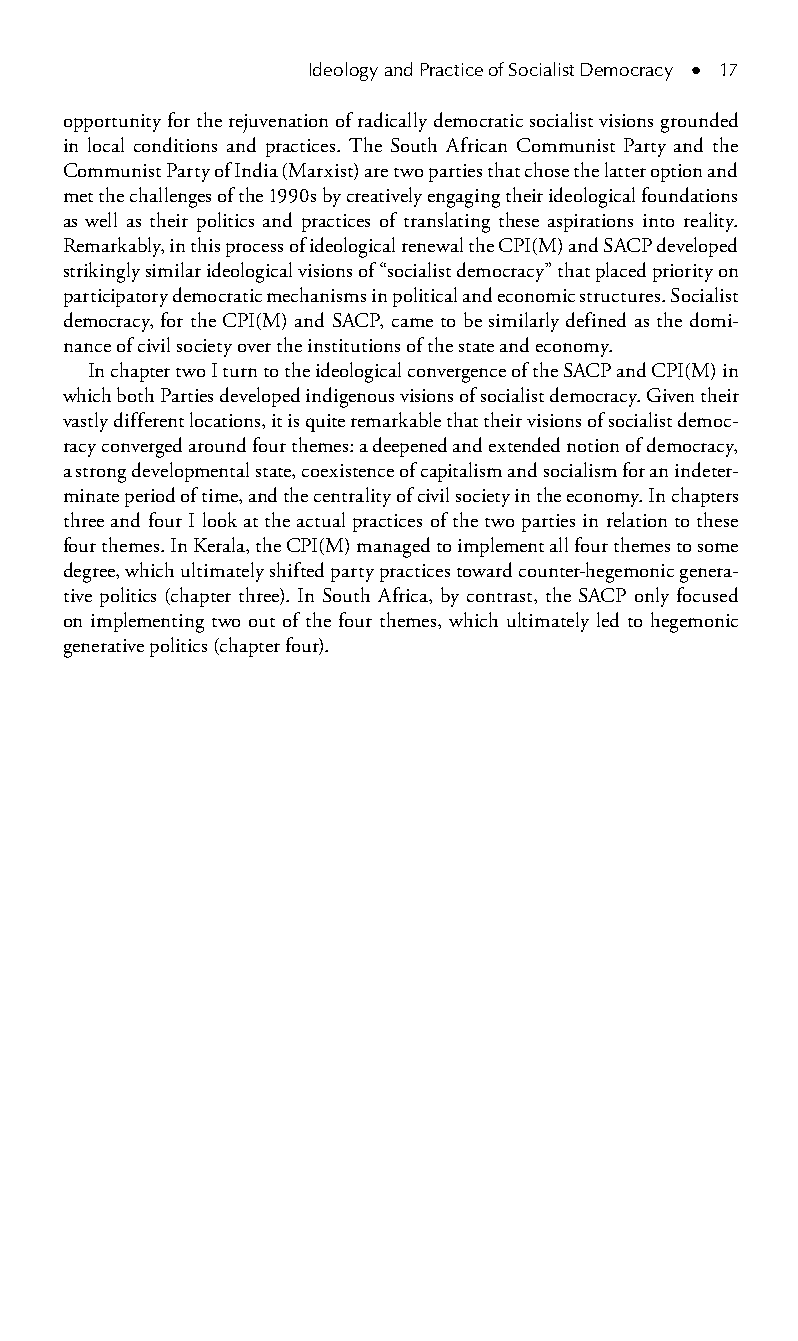
Ideology and Practice of Socialist Democracy ● 17
 opportunity for the rejuvenation of radically democratic socialist visions grounded
 in local conditions and practices. The South African Communist Party and the
 Communist Party of India (Marxist) are two parties that chose the latter option and
 met the challenges of the 1990s by creatively engaging their ideological foundations
 as well as their politics and practices of translating these aspirations into reality.
 Remarkably, in this process of ideological renewal the CPI(M) and SACP developed
 strikingly similar ideological visions of “socialist democracy” that placed priority on
 participatory democratic mechanisms in political and economic structures. Socialist
 democracy, for the CPI(M) and SACP, came to be similarly defined as the domi-
 nance of civil society over the institutions of the state and economy.
 In chapter two I turn to the ideological convergence of the SACP and CPI(M) in
 which both Parties developed indigenous visions of socialist democracy. Given their
 vastly different locations, it is quite remarkable that their visions of socialist democ-
 racy converged around four themes: a deepened and extended notion of democracy,
 a strong developmental state, coexistence of capitalism and socialism for an indeter-
 minate period of time, and the centrality of civil society in the economy. In chapters
 three and four I look at the actual practices of the two parties in relation to these
 four themes. In Kerala, the CPI(M) managed to implement all four themes to some
 degree, which ultimately shifted party practices toward counter-hegemonic genera-
 tive politics (chapter three). In South Africa, by contrast, the SACP only focused
 on implementing two out of the four themes, which ultimately led to hegemonic
 generative politics (chapter four).
 99778800223300660066440011ttss0033..iinndddd 1177 33//2255//22000088 99::1166::1155 AAMM